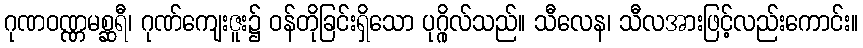
ဂုဏဝဏ္ဏမစ္ဆရီ၊ ဂုဏ်ကျေးဇူး၌ ဝန်တိုခြင်းရှိသော ပုဂ္ဂိုလ်သည်။ သီလေန၊ သီလအားဖြင့်လည်းကောင်း။